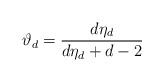
LaTeX: \begin{align*} \vartheta_d = \frac{d\eta_d}{d\eta_d +d-2} \end{align*}